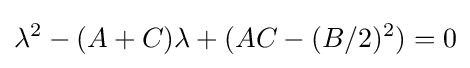
\lambda ^{2}-(A+C)\lambda +(AC-(B/2)^{2})=0